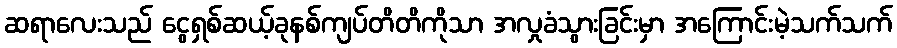
ဆရာလေးသည် ငွေရှစ်ဆယ့်ခုနစ်ကျပ်တိတိကိုသာ အလှုခံသွားခြင်းမှာ အကြောင်းမဲ့သက်သက်